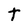
Character: t